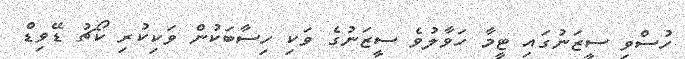
ހުސްވި ސީޒަނުގައި ޓީމާ ހަވާލުވެ ސީޒަނުގެ ވަކި ހިސާބަކުން ވަކިކުރި ކޯޗު ޑޭވިޑް